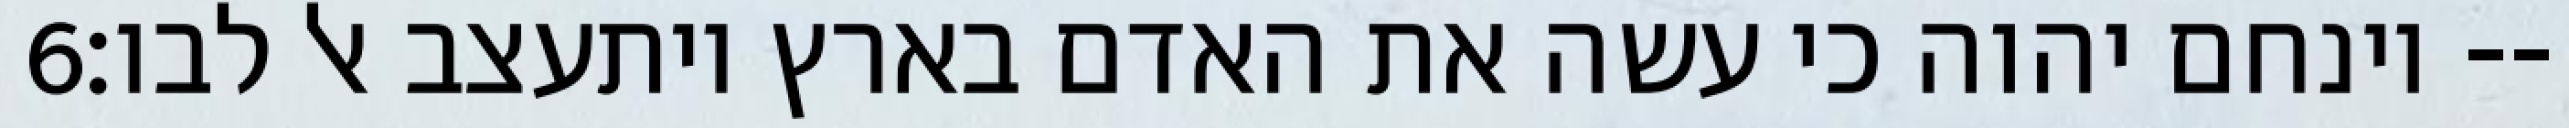
‎6‏ וינחם יהוה כי עשה את האדם בארץ ויתעצב אל לבו׃--